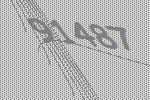
91487